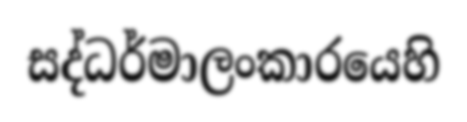
සද්ධර්මාලංකාරයෙහි